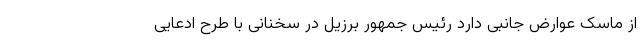
از ماسک عوارض جانبی دارد رئیس جمهور برزیل در سخنانی با طرح ادعایی